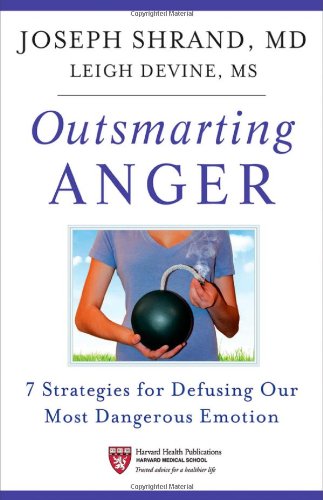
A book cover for Outsmarting Anger: 7 Strategies for Defusing Our Most Dangerous Emotion; Joseph Shrand; Self-Help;